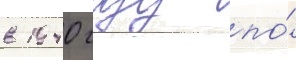
в 1940 году по́